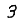
Digit: 3